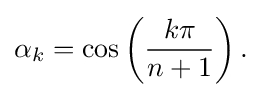
\alpha _{k}=\cos \left({\frac {k\pi }{n+1}}\right).\,\!